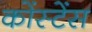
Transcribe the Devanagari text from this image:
कोंस्टेंस